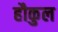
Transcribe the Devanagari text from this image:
हौकुल